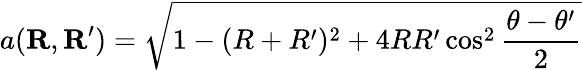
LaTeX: a(\mathbf{R},\mathbf{R}^{\prime})=\sqrt{1-(R+R^{\prime})^{2}+4RR^{\prime}\cos^{2}\frac{\theta-\theta^{\prime}}{2}}